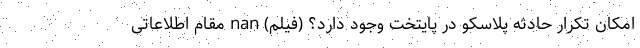
امکان تکرار حادثه پلاسکو در پایتخت وجود دارد؟ (فیلم) nan مقام اطلاعاتی